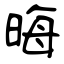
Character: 晦